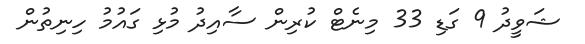
ޝަވީދު 9 ގަޑި 33 މިނެޓް ކުރިން ސާއިދު މުޅި ގައުމު ހިނިތުން